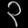
Digit: ၃